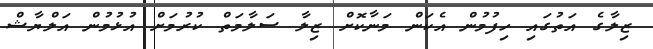
ޒިލާގެ އަތުގައި ހިފުމުން އެކަން މަނާކޮށް ޒިލާ ސަލާމަތް ކުރުމަށް އުޅުމުން އަލްޔާޝް